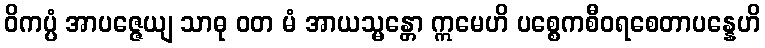
ဝိကပ္ပံ အာပဇ္ဇေယျ သာဓု ဝတ မံ အာယသ္မန္တော ဣမေဟိ ပစ္စေကစီဝရစေတာပန္နေဟိ